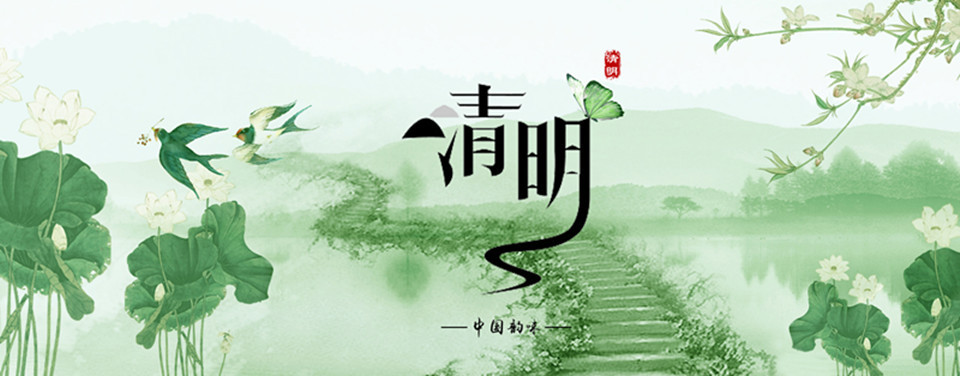
清明节，雨晴天，得意正当年。